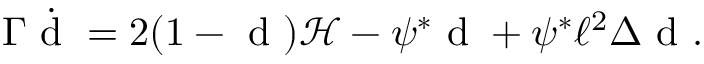
\Gamma \dot { \mathrm { ~ d ~ } } = 2 ( 1 - \mathrm { ~ d ~ } ) \mathcal { H } - \psi ^ { * } \mathrm { ~ d ~ } + \psi ^ { * } \ell ^ { 2 } \Delta \mathrm { ~ d ~ } .